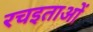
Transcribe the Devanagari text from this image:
रचइताओं